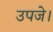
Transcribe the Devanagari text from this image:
उपजे।